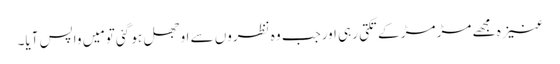
عنیزہ مجھے مڑ مڑ کے تکتی رہی اورجب وہ نظروں سے اوجھل ہو گئی تو مَیں واپس آیا۔